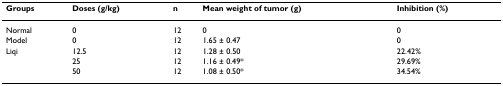
<table><thead><tr><td><b>Groups</b></td><td><b>Doses (g/kg)</b></td><td><b>n</b></td><td><b>Mean weight of tumor (g)</b></td><td><b>Inhibition (%)</b></td></tr></thead><tbody><tr><td>Normal</td><td>0</td><td>12</td><td>0</td><td>0</td></tr><tr><td>Model</td><td>0</td><td>12</td><td>1.65 ± 0.47</td><td>0</td></tr><tr><td>Liqi</td><td>12.5</td><td>12</td><td>1.28 ± 0.50</td><td>22.42%</td></tr><tr><td></td><td>25</td><td>12</td><td>1.16 ± 0.49*</td><td>29.69%</td></tr><tr><td></td><td>50</td><td>12</td><td>1.08 ± 0.50*</td><td>34.54%</td></tr></tbody></table>